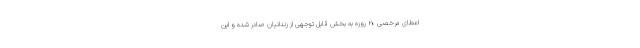
اعطای مرخصی ۲۰ روزه به بخش قابل توجهی از زندانیان صادر شده و این